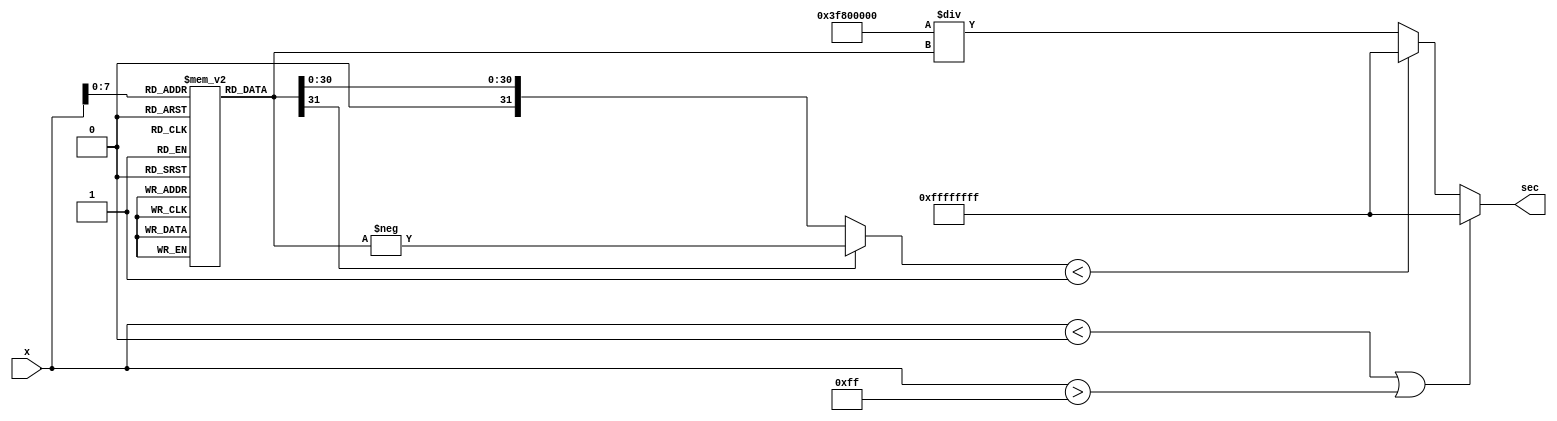
module secant_function (
    input  wire [15:0] x,     // Input angle in radians (fixed-point)
    output reg  [31:0] sec    // Output secant value (fixed-point)
);

    // Cosine lookup table for angles in radians (limited range for simplicity)
    reg [31:0] cos_lut [0:255]; // 256 entries for cosine values
    initial begin
        // Populate the cosine lookup table with values
        // Example values for cos(0), cos(/4), cos(/2), etc.
        cos_lut[0]   = 32'h3F800000; // cos(0) = 1.0
        cos_lut[64]  = 32'h3F6A09E6; // cos(/4)  0.7071
        cos_lut[128] = 32'h3F000000; // cos(/2) = 0.0 (undefined for secant)
        cos_lut[192] = 32'h3F6A09E6; // cos(3/4)  -0.7071
        cos_lut[255] = 32'hBF800000; // cos() = -1.0
        // More values can be added for better precision
    end

    wire [31:0] cos_value;
    wire [31:0] reciprocal;
    wire [31:0] cos_value_abs;

    // Input validation: Check if input is within valid range
    always @(*) begin
        if (x < 16'h0000 || x > 16'h00FF) begin // Example range check
            sec = 32'hFFFFFFFF; // Invalid output
        end else begin
            // Lookup cosine value
            cos_value = cos_lut[x[7:0]]; // Use lower 8 bits of x for LUT index
            cos_value_abs = (cos_value[31]) ? -cos_value : cos_value; // Absolute value

            // Reciprocal calculation
            if (cos_value_abs < 32'h00000001) begin // Check if cos is close to zero
                sec = 32'hFFFFFFFF; // Indicate overflow
            end else begin
                reciprocal = 32'h3F800000 / cos_value; // 1.0 / cos_value
                sec = reciprocal; // Assign secant value
            end
        end
    end

endmodule